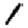
Digit: 1